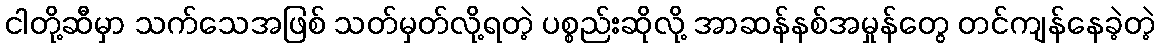
ငါတို့ဆီမှာ သက်သေအဖြစ် သတ်မှတ်လို့ရတဲ့ ပစ္စည်းဆိုလို့ အာဆန်နစ်အမှုန်တွေ တင်ကျန်နေခဲ့တဲ့